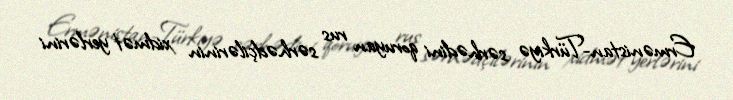
Ermənistan-Türkiyə sərhədini qoruyan rus sərhədçilərinin xidmət yerlərini